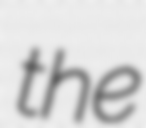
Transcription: the